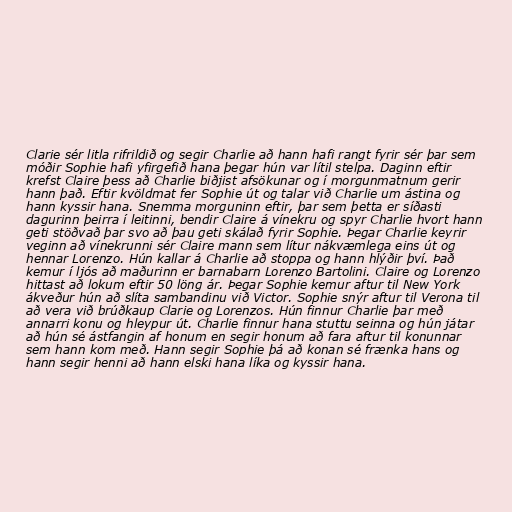
Clarie sér litla rifrildið og segir Charlie að hann hafi rangt fyrir sér þar sem
móðir Sophie hafi yfirgefið hana þegar hún var lítil stelpa. Daginn eftir
krefst Claire þess að Charlie biðjist afsökunar og í morgunmatnum gerir
hann það. Eftir kvöldmat fer Sophie út og talar við Charlie um ástina og
hann kyssir hana. Snemma morguninn eftir, þar sem þetta er síðasti
dagurinn þeirra í leitinni, bendir Claire á vínekru og spyr Charlie hvort hann
geti stöðvað þar svo að þau geti skálað fyrir Sophie. Þegar Charlie keyrir
veginn að vínekrunni sér Claire mann sem lítur nákvæmlega eins út og
hennar Lorenzo. Hún kallar á Charlie að stoppa og hann hlýðir því. Það
kemur í ljós að maðurinn er barnabarn Lorenzo Bartolini. Claire og Lorenzo
hittast að lokum eftir 50 löng ár. Þegar Sophie kemur aftur til New York
ákveður hún að slíta sambandinu við Victor. Sophie snýr aftur til Verona til
að vera við brúðkaup Clarie og Lorenzos. Hún finnur Charlie þar með
annarri konu og hleypur út. Charlie finnur hana stuttu seinna og hún játar
að hún sé ástfangin af honum en segir honum að fara aftur til konunnar
sem hann kom með. Hann segir Sophie þá að konan sé frænka hans og
hann segir henni að hann elski hana líka og kyssir hana.